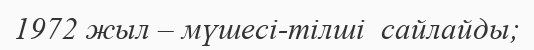
1972 жыл – мүшесі-тілші  сайлайды;